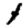
Digit: 1